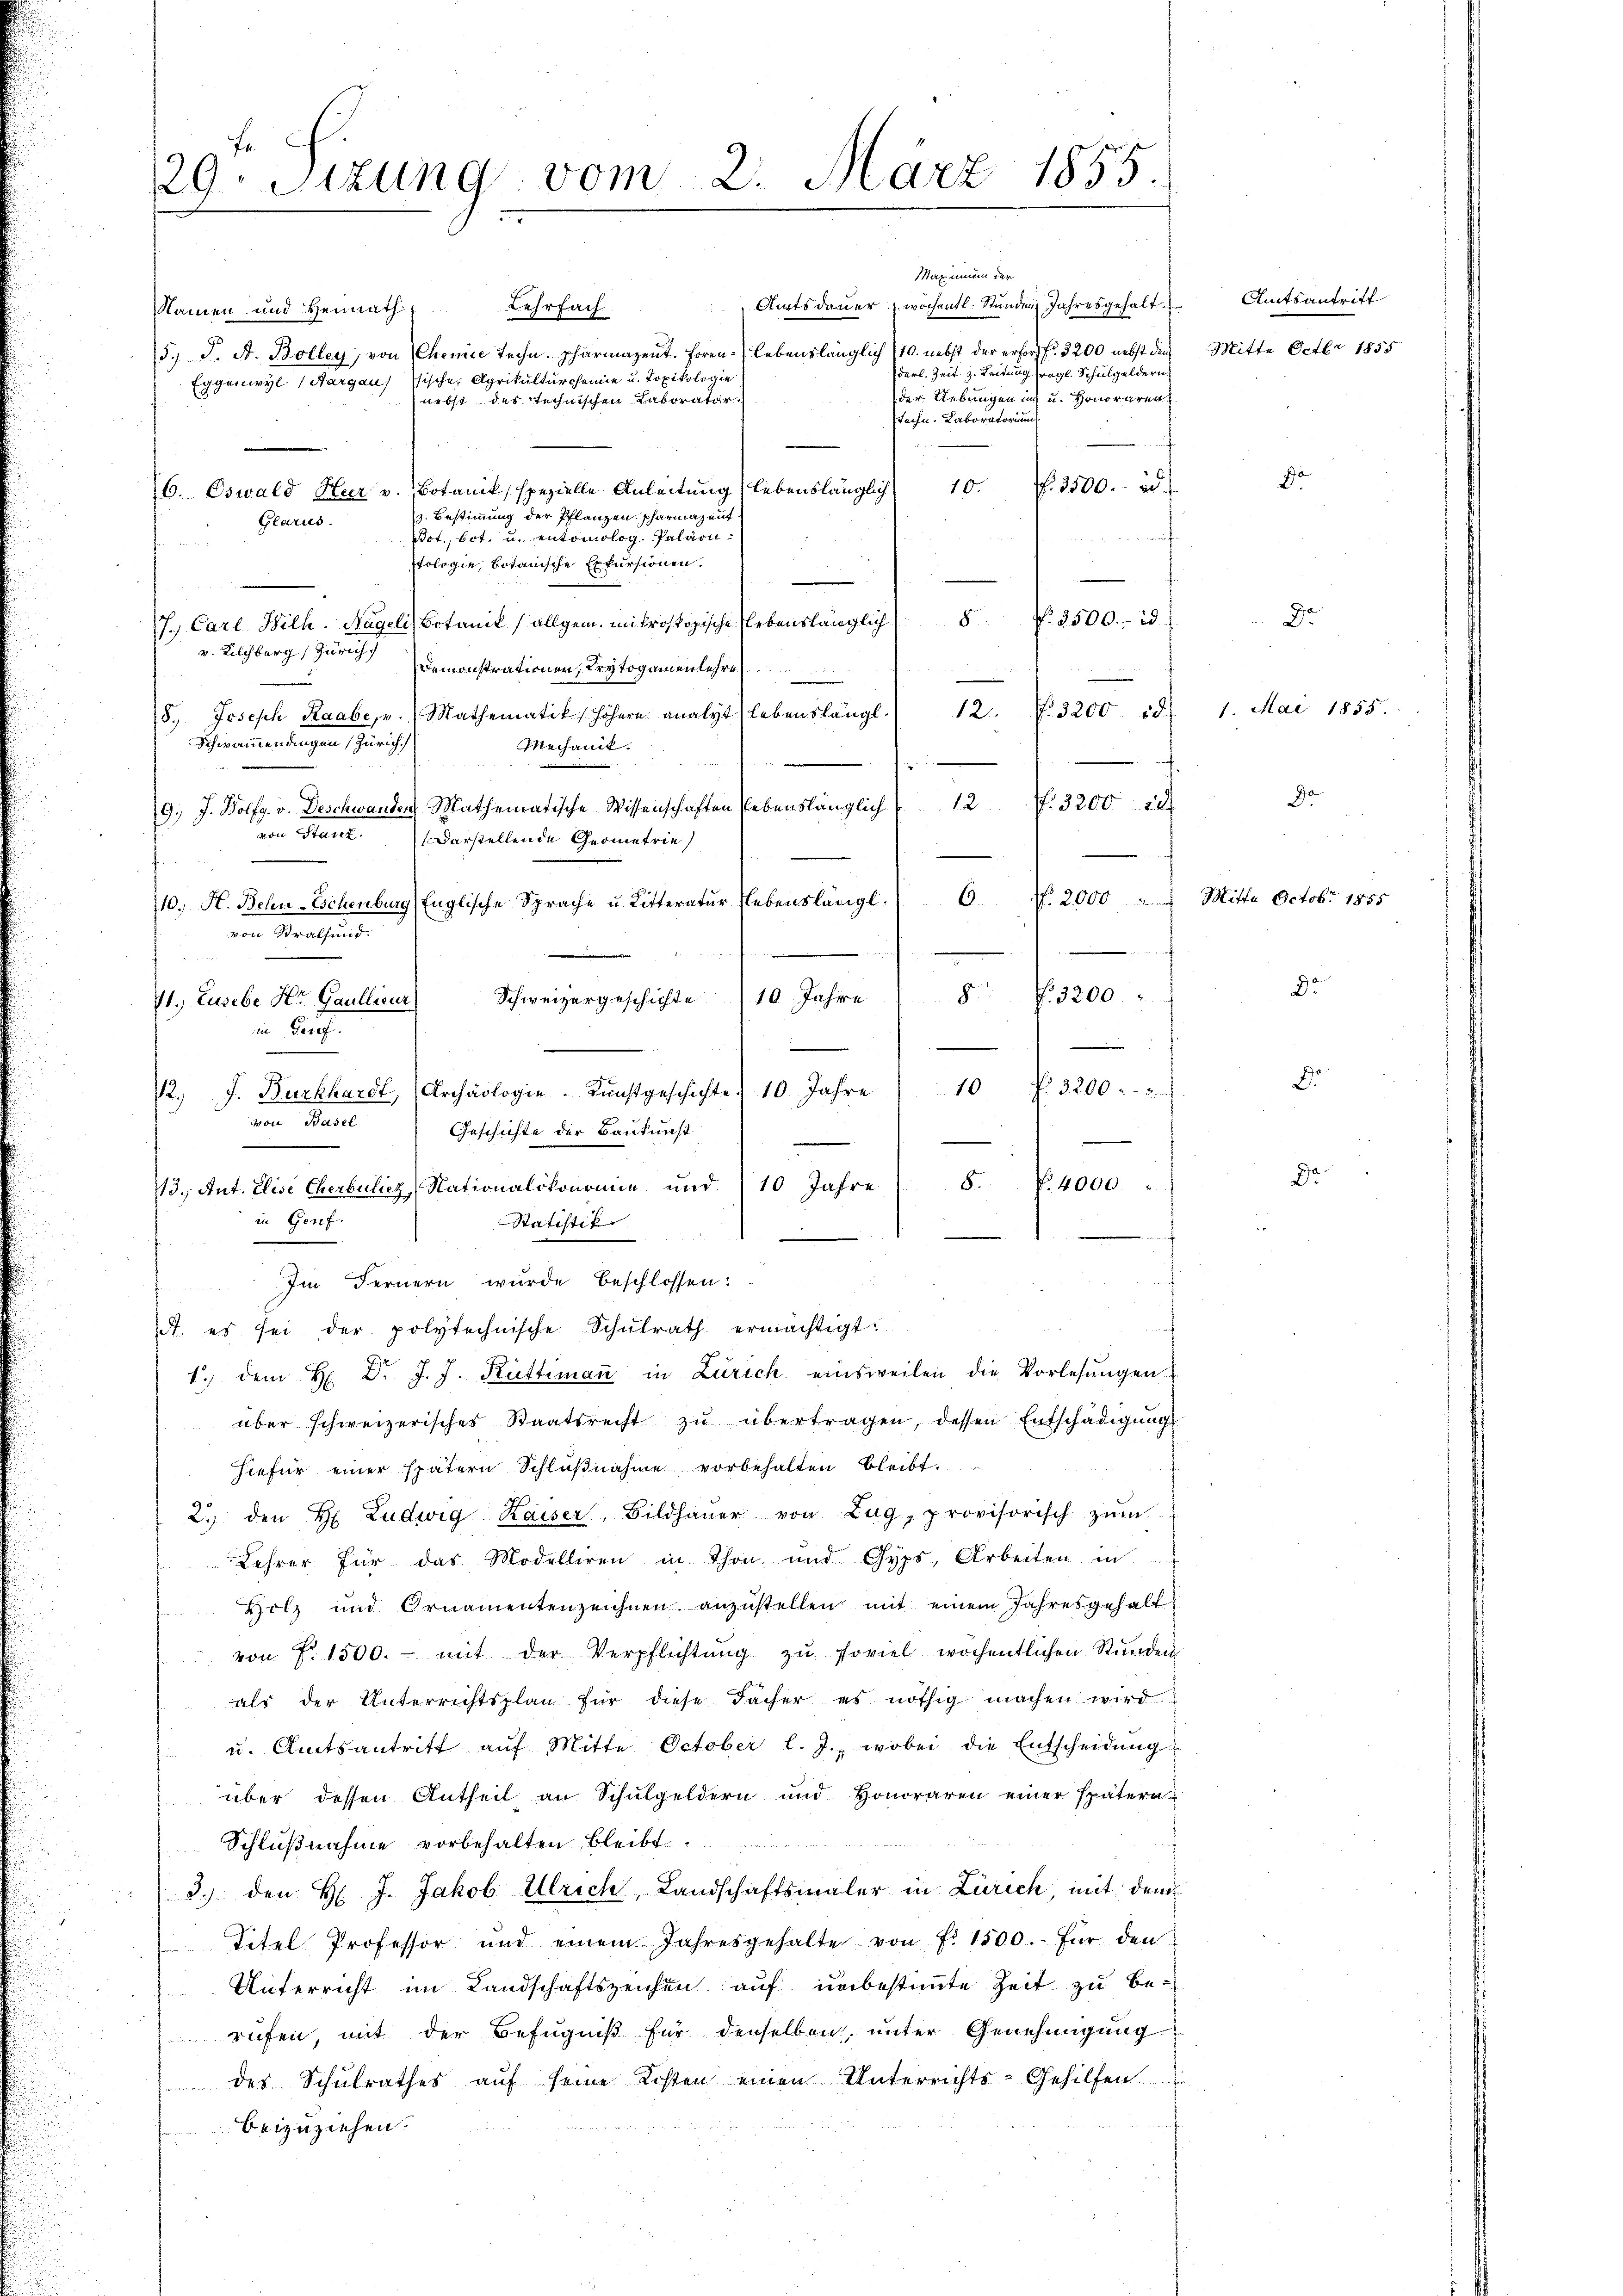
29t Sizung vom 2. März 1855.

Amtsdauer wöchentl. Stunden Jahresgehalte
Lehrfach
Namen und Heimath
5., S. A. Bolley, von Chemie techn. pharmazent. Horen lebenslänglich 110. nebst der erforst. 3200 nebst den
derl. Zeit 3. Leitung fragl. Schulgeldern
Eggenwyl (Aargauische Agrikulturcheine u. Topikologie
der Uebungen in u. Honoraren
nebst des technischen Laborator
stechn. Laboratorium
. 3500. 28.
10.
6. Oswald Heer v. Botanik, spezielle Anleitung lebenslänglich
v. Bestimmung der Pflanzen pharmazent
Glarus.
Pot., bot. u. entomolog. Palärn.
stologie, botanische Exkursionen.
f. 2500. 23.
8
J. Carl Wilh-Nageli, Botanik allgem. Mitroskopische Elebenslänglich
v. Kilchberg, Zürich
Demonstrationen, Krytogamenlehre
.
12. N. 3200 r
8.) Joseph Raabe, v. Mathematik höhern analyt lebenslängl.
Schwammendingen Zürich
Mechanit.

12. 3200 - 18
19. J. Wolfg. v. Deschwanden Mathematische Wissenschaften lebenslänglich
ain Stan
Darstellende Geometrie
6.
110. H. Behn-Eschenburg, Englische Sprache u. Litteratur Nebenslängl
ein Stralsund
8
Schweizergeschichte 10 Jahre
41. Eusebe Hr. Gaullieur.
in Genf.
1.) dem H. Dr. J. J. Rüttimaṅ in Zürich einsweilen die Vorlesungen.
über schweizerisches Staatsrecht zŭ übertragen, dessen Entschädigung
hiefür einer spätern Schlŭβnahme vorbehalten bleibt.
2.) den H. Ludwig Kaiser, Bildhaŭer von Zug, provisorisch zŭm
Lehrer für das Modelliren in Thon und Gyps, Arbeiten in
Holz und Ornamentenzeichnen anzŭstellen mit einem Jahresgehalt
von Fr. 1500.- mit der Verpflichtŭng zŭ soviel wochentlichen Stŭnden
als der Unterrichtsplan für diese Facher es nöthig machen wird.
u. Amtsantritt aŭf Mitte October l. J., wobei die Entscheidung
über dessen Antheil an Schulgeldern und Honoraren einer spätern
Schlußnahme vorbehalten bleibt.
3.) den H. J. Jakob Ulrich, Landschaftsinaler in Zürich, mit dem
Titel Professor und einem Jahresgehalte von fr. 1500. für den
Unterricht im Landschaftszeichen auf unbestimmte Zeit zu berufen, mit der Befugniß für denselben, unter Genehmigung
des Schulrathes auf seine Kosten einen Unterrichts-Gehilfen
beizuziehen.

e

der

12. J. Burkhardt, Archäologie Kunstgeschichte 10 Jahre
von Basel
Geschichte der Baukunst
¬
73. Ant. Elise Cherbuliez, Nationalökonomie und 10 Jahre 8. f. 4000.
in Genf.
Statistik.
.

Im Fernern wurde beschlossen:
A. es sei der polytechnische Schŭlrath ermächtigt.

f. 3200
10 R. 3200. 2

Amtsantritt
Mitte Octbr 1855

d

1. Mai 1855.

Nr. 2000 " Mitta Octobr 1855